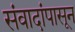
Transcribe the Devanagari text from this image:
संवादांपासून